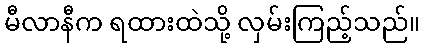
မီလာနီက ရထားထဲသို့ လှမ်းကြည့်သည်။